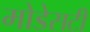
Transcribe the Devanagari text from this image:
मोडेसटी